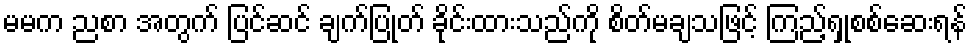
မမက ညစာ အတွက် ပြင်ဆင် ချက်ပြုတ် ခိုင်းထားသည်ကို စိတ်မချသဖြင့် ကြည့်ရှုစစ်ဆေးရန်